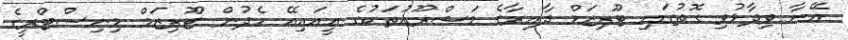
އޭނާ ވިދާޅުވި ގޮތުގައި ޓޫރިޒަމް ދާއިރާގެ މަޝްރޫއުތަކުގެ އީއައިއޭ ހެދުން ޓޫރިޒަމް މިނިސްޓްރީގެ